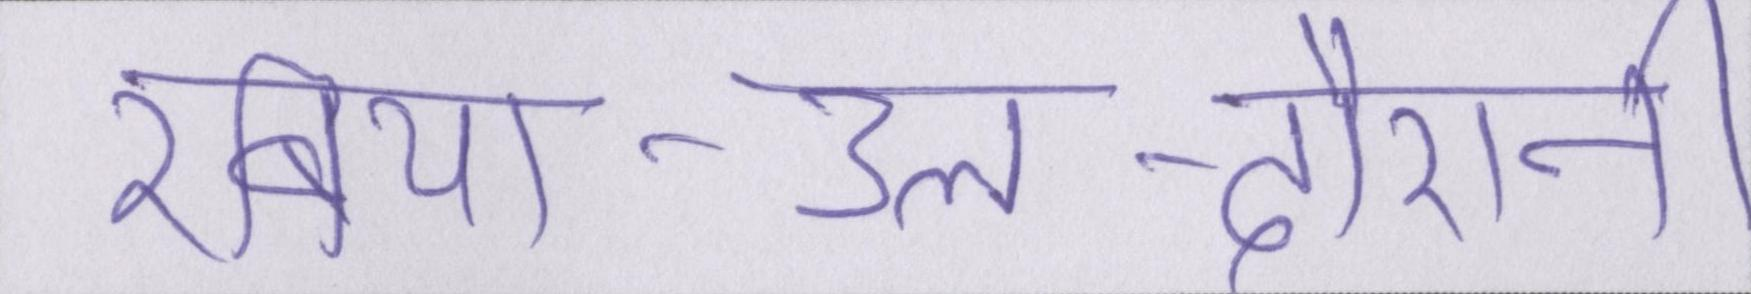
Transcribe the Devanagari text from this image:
रबिया-उल-दौरानी